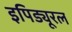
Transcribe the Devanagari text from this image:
इपिड्यूरल